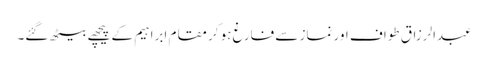
عبدالرزاق طواف اور نماز سے فارغ ہو کر مقامِ ابراہیم کے پیچھے بیٹھ گئے۔